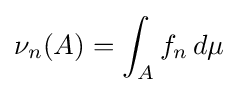
\nu _{n}(A)=\int _{A}f_{n}\,d\mu